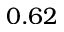
0 . 6 2